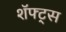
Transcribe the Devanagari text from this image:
शॅफ्ट्स